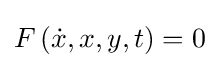
F\left({\dot {x}},x,y,t\right)=0